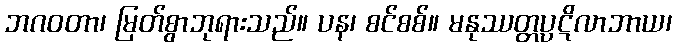
ဘဂဝတာ၊ မြတ်စွာဘုရားသည်။ ပန၊ စင်စစ်။ မနုဿတ္တပ္ပဋိလာဘာယ၊